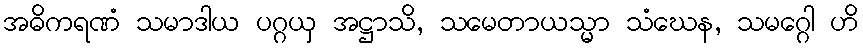
အဓိကရဏံ သမာဒါယ ပဂ္ဂယှ အဋ္ဌာသိ, သမေတာယသ္မာ သံဃေန, သမဂ္ဂေါ ဟိ